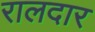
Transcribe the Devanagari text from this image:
रालदार